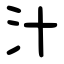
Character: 汁